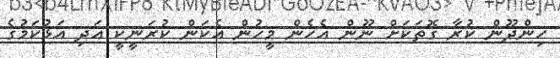
ހިންދޫން ކުރާ ގޮތަކަށް ނޫން އެހެން މީހުން އެކަން ކުރަނީކީ އަދި އަޅުކަމުގެ